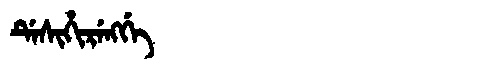
Manchu: ᡩᡝᠰᡳᡥᡳᡵᡝᠩᡤᡝ
Romanization: DESIHIRENGGE